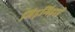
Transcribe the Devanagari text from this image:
गिड़गिड़ाई